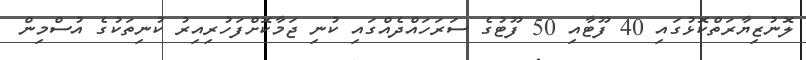
ލޮނުޒިޔާރަތްކޮޅުގައި 40 ފޫޓާއި 50 ފޫޓުގެ ސަރަހައްދެއްގައި ކުނި ޖަމާކޮށްފަހުރިއިރު ކުނިތަކުގެ އުސްމިން